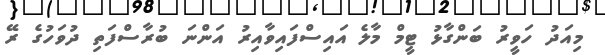
މިއަދު ހަވީރު ބަންގާޅު ޓީމް މާލެ އައިސްފައިވާއިރު އަންނަ ބުރާސްފަތި ދުވަހުގެ ރޭ